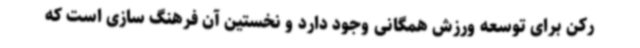
رکن برای توسعه ورزش همگانی وجود دارد و نخستین آن فرهنگ سازی است که